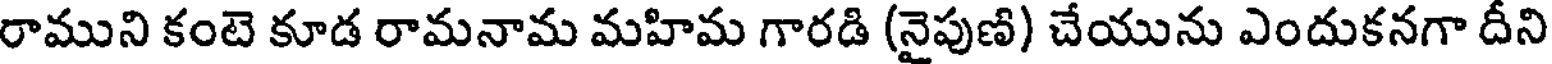
రాముని కంటె కూడ రామనామ మహిమ గారడి (నైపుణి) చేయును ఎందుకనగా దీని